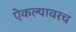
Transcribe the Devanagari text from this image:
ऐकल्यावरच